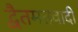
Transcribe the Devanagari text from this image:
द्वैतमतवादी